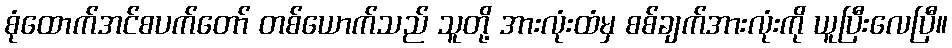
စုံထောက်အင်စပက်တော် တစ်ယောက်သည် သူတို့ အားလုံးထံမှ စစ်ချက်အားလုံးကို ယူပြီးလေပြီ။